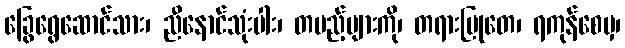
ခြွေရွေဆောင်သား၊ ညီနောင်သုံးပါး၊ တပည့်များကို၊ တရားမြုတေ၊ ရကုန်စေမှ၊